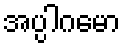
အပ္ပါဂမော